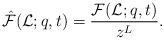
LaTeX: \begin{align*}\hat{\mathcal{F}}(\mathcal{L};q,t)=\frac{\mathcal{F}(\mathcal{L};q,t)}{z^{L}}.\end{align*}